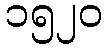
၁၅၂၀